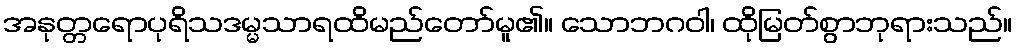
အနုတ္တရောပုရိသဒမ္မသာရထိမည်တော်မူ၏။ သောဘဂဝါ၊ ထိုမြတ်စွာဘုရားသည်။